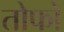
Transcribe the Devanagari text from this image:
तोफो